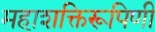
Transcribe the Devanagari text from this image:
महाशक्तिरूपिणी